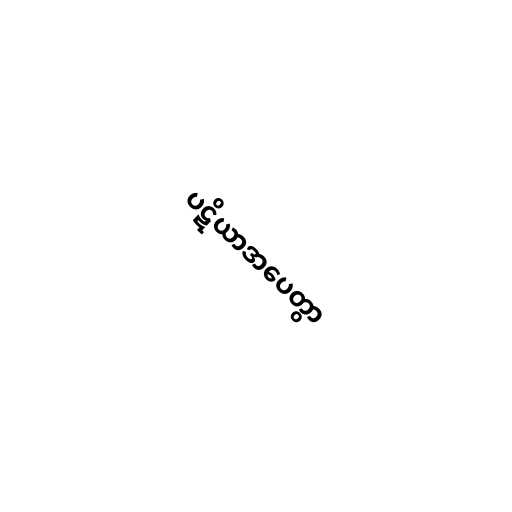
ပဋိယာဒာပေတွာ